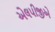
એલપીજીએ